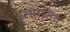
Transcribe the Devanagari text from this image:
प्रभासित